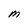
Character: M